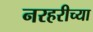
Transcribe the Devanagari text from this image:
नरहरीच्या